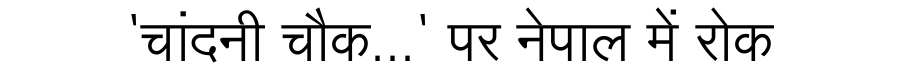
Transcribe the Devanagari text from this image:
'चांदनी चौक...' पर नेपाल में रोक